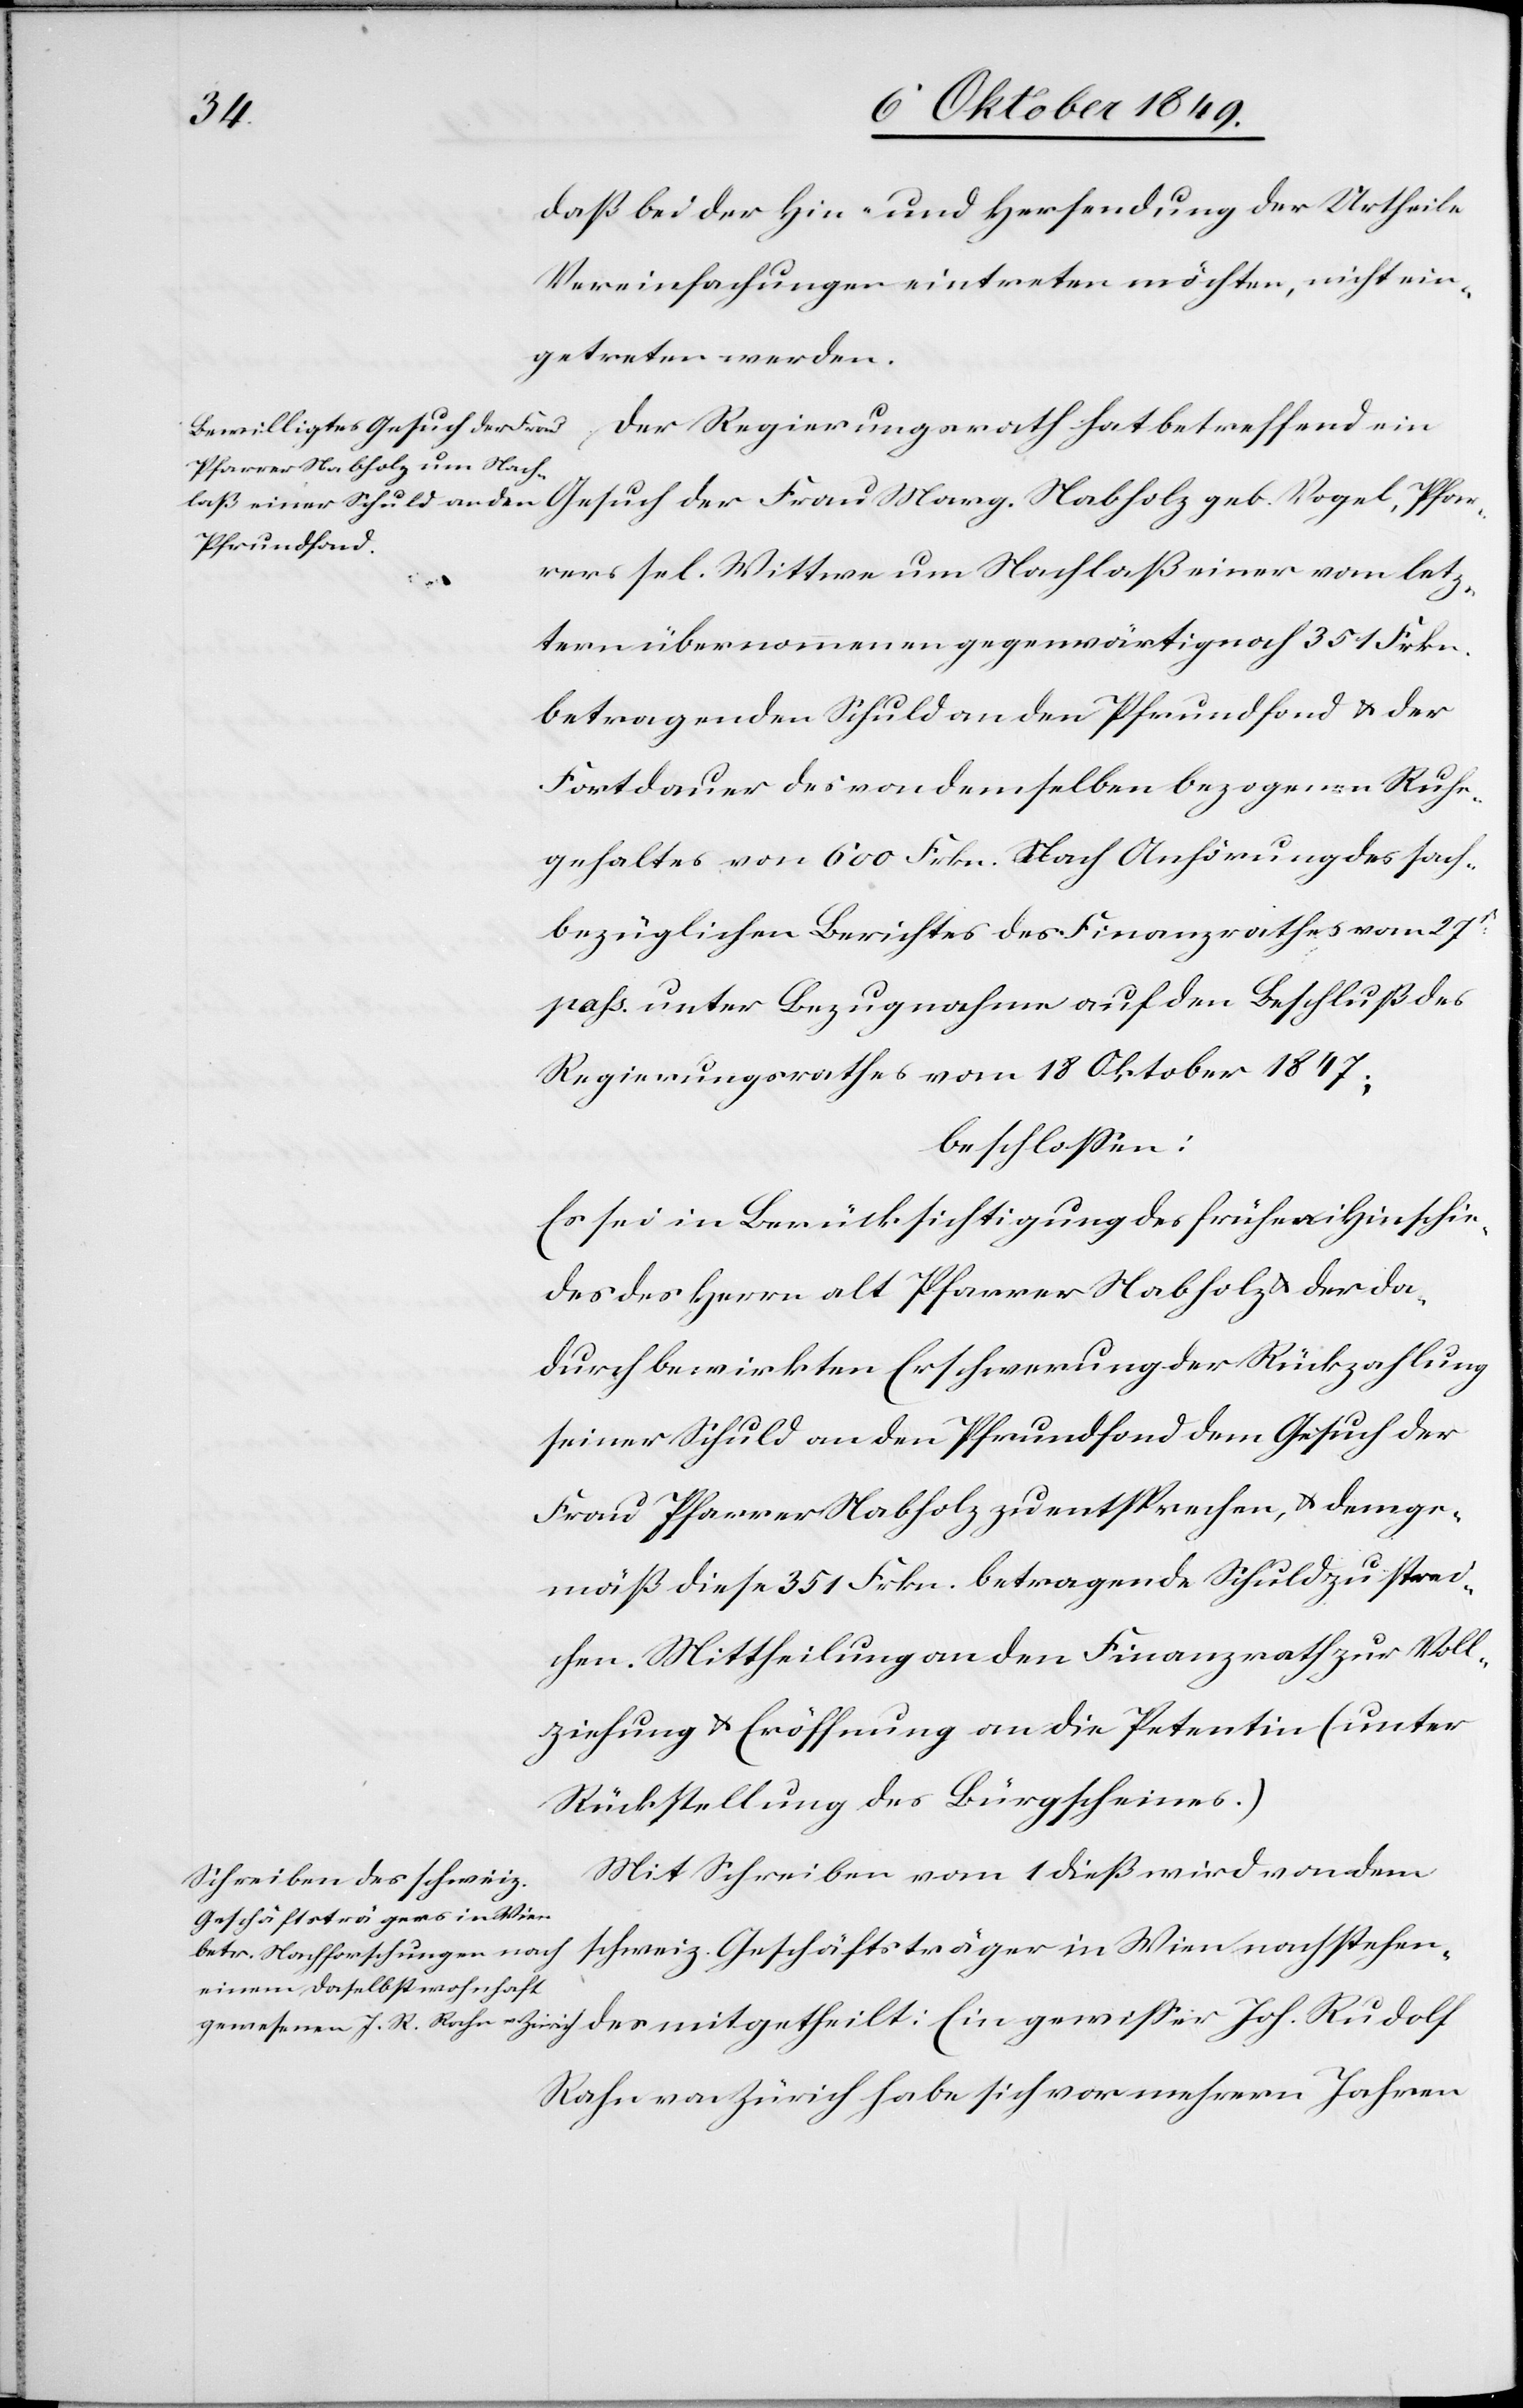
Pfar¬
daß bei der Hin- und Hersendung der Urtheile
Vereinfachungen eintreten möchten, nicht ein¬
getreten werden.
Der Regierungsrath hat betreffend ein
rers sel. Wittwe um Nachlaß einer vom letz¬
tern übernommenen gegenwärtig noch 351 Frkn.
betragenden Schuld an den Pfrundfond u. der
Fortdauer des von demselben bezogenen Ruhe¬
gehaltes von 600 Frkn. Nach Anhörung des sach¬
bezüglichen Berichtes des Finanzrathes vom 27t
pass. unter Bezugsnahme auf den Beschluß des
Regierungsrathes vom 18 Oktober 1847;
beschloßen:
Es sei in Berücksichtigung des frühen Hinschie¬
des des Herrn alt Pfarrer Nabholz u. der da¬
durch bewirkten Erschwerung der Rückzahlung
seiner Schuld an den Pfrundfond dem Gesuch der
Frau Pfarrer Nabholz zu entsprechen, u. demge¬
mäß diese 351 Frkn. betragende Schuld zu strei¬
chen. Mittheilung an den Finanzrath zur Voll¬
ziehung u. Eröffnung an die Petentin (unter
Rückstellung des Bürgscheines.)
Mit Schreiben vom 1 dieß wird von dem
schweiz. Geschäftsträger in Wien nachstehendes
Rahn von Zürich habe sich vor mehrern Jahren